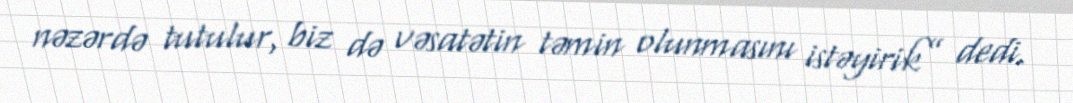
nəzərdə tutulur, biz də vəsatətin təmin olunmasını istəyirik” dedi.